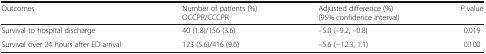
<table><thead><tr><td><b>Outcomes</b></td><td><b>Number of patients (%) OCCPR/CCCPR</b></td><td><b>Adjusted difference (%) (95% confidence interval)</b></td><td><b><i>P</i> value</b></td></tr></thead><tbody><tr><td>Survival to hospital discharge</td><td>40 (1.8)/156 (3.6)</td><td>–5.0 (–9.2, –0.8)</td><td>0.019</td></tr><tr><td>Survival over 24 hours after ED arrival</td><td>123 (5.6)/416 (9.6)</td><td>–5.6 (−12.3, 1.1)</td><td>0.100</td></tr></tbody></table>